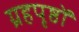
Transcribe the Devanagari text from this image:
ग्रहपृष्ठों